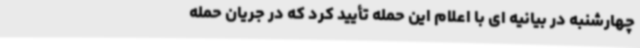
چهارشنبه در بیانیه ای با اعلام این حمله تأیید کرد که در جریان حمله